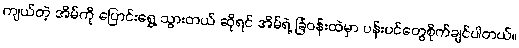
ကျယ်တဲ့ အိမ်ကို ပြောင်းရွှေ့ သွားတယ် ဆိုရင် အိမ်ရဲ့ ခြံဝန်းထဲမှာ ပန်းပင်တွေစိုက်ချင်ပါတယ်။